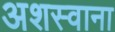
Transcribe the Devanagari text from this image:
अशस्वाना